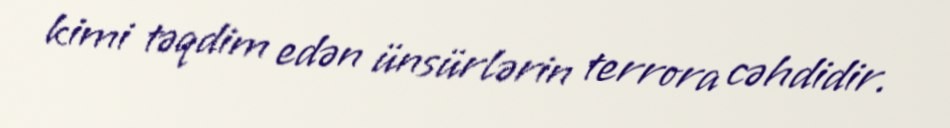
kimi təqdim edən ünsürlərin terrora cəhdidir.